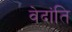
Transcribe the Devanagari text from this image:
वेदांति